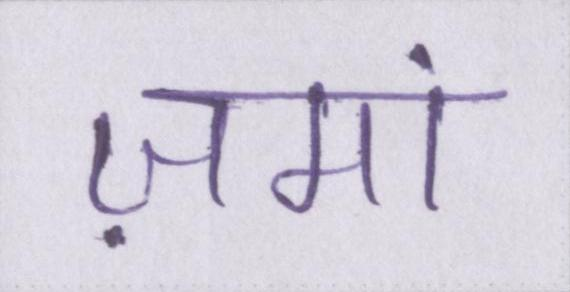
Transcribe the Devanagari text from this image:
ज़मां